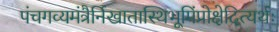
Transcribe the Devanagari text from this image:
पंचगव्यमंत्रैर्निखातास्थिभूमिंप्रोक्षेदित्यर्थः